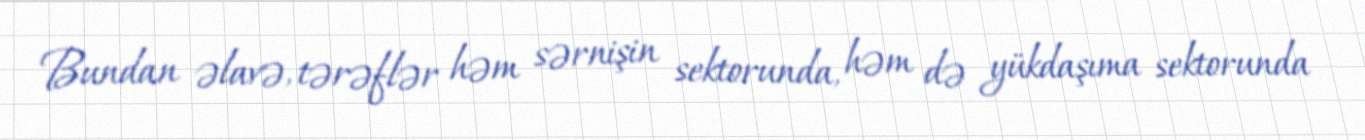
Bundan əlavə, tərəflər həm sərnişin sektorunda, həm də yükdaşıma sektorunda